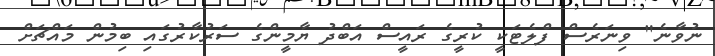
ނުވާނެ" ވިނަރެސް ފްލެޓަކީ ކުރީގެ ރައީސް އަބްދު ޔާމީންގެ ސަރުކާރުގައި ބިމުން މައްޗަށް